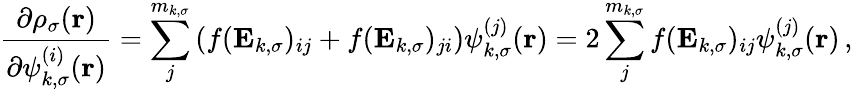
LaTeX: \frac{\partial\rho_{\sigma}(\boldsymbol{\textbf{r}})}{\partial\psi_{k,\sigma}^{(i)}(\boldsymbol{\textbf{r}})}=\sum_{j}^{m_{k,\sigma}}\left(f(\mathbf{E}_{k,\sigma})_{ij}+f(\mathbf{E}_{k,\sigma})_{ji}\right)\psi_{k,\sigma}^{(j)}(\boldsymbol{\textbf{r}})=2\sum_{j}^{m_{k,\sigma}}f(\mathbf{E}_{k,\sigma})_{ij}\psi_{k,\sigma}^{(j)}(\boldsymbol{\textbf{r}})\, ,